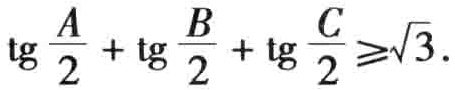
\(\operatorname{tg}\frac{A}{2}+\operatorname{tg}\frac{B}{2}+\operatorname{tg}\frac{C}{2}\geqslant\sqrt{3}\)